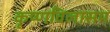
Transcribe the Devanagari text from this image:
कृष्णविलासम